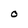
Character: O